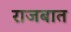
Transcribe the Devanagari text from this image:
राजबात